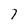
Character: 7